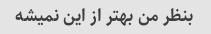
بنظر من بهتر از این نمیشه